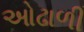
ઓઢાળી